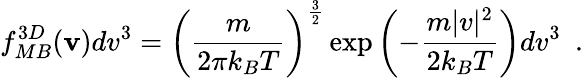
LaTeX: f_{MB}^{3D}(\textbf{v})dv^{3}=\left(\frac{m}{2\pi{}k_{B}T}\right)^{\frac{3}{2}}\exp\left(-\frac{m|v|^{2}}{2k_{B}T}\right)dv^{3}\, \, \, .